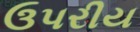
ઉપરીય